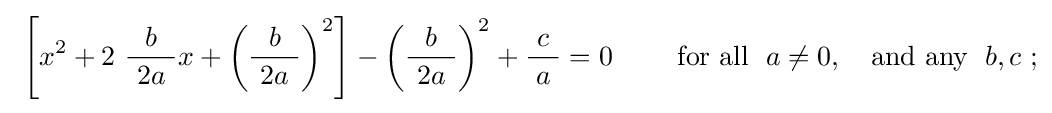
\ \left[x^{2}+2\ {\frac {b}{\ 2a\ }}x+\left({\frac {b}{\ 2a\ }}\right)^{2}\right]-\left({\frac {b}{\ 2a\ }}\right)^{2}+{\frac {\ c\ }{a}}=0\qquad \mathrm {~for\ all~} \;a\neq 0,~~\mathrm {~and\ any~} \;b,c\ ;